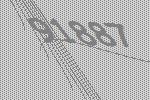
91887